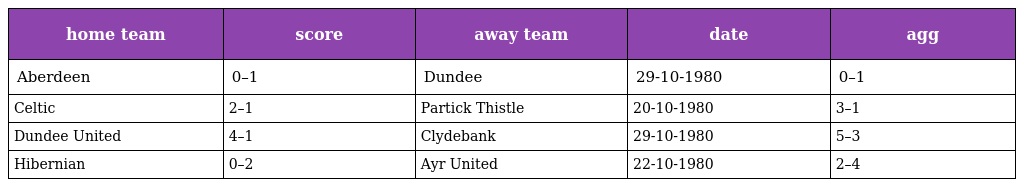
| home team | score | away team | date | agg |
 | --- | --- | --- | --- | --- |
 | Aberdeen | 0–1 | Dundee | 29-10-1980 | 0–1 |
 | Celtic | 2–1 | Partick Thistle | 20-10-1980 | 3–1 |
 | Dundee United | 4–1 | Clydebank | 29-10-1980 | 5–3 |
 | Hibernian | 0–2 | Ayr United | 22-10-1980 | 2–4 |